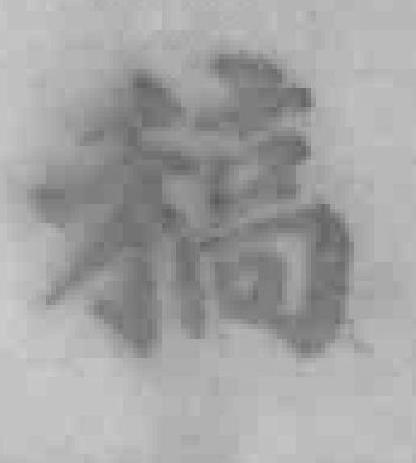
稿